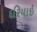
દરિયાઇ